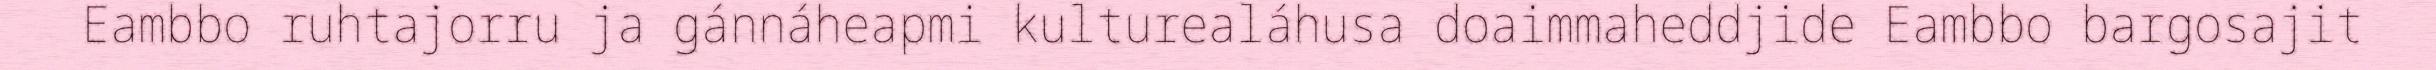
Eambbo ruhtajorru ja gánnáheapmi kulturealáhusa doaimmaheddjide Eambbo bargosajit